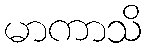
မာကာသိ